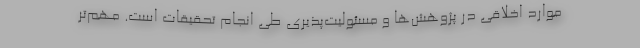
موارد اخلاقی در پژوهش‌ها و مسئولیت‌پذیری طی انجام تحقیقات است. مهم‌تر